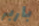
باربر